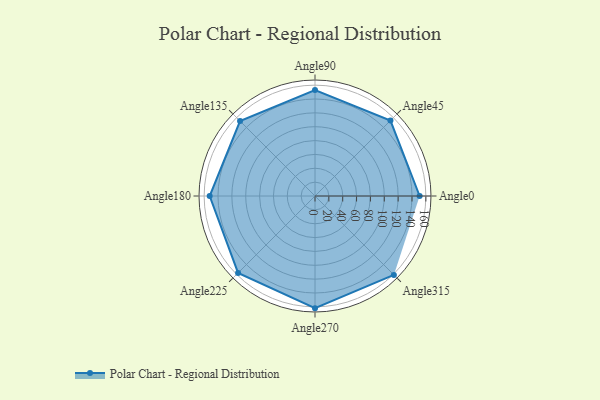
{"axis": {"x": "Angle", "y": "Radius"}, "legend": [""], "data": [{"x": "Angle0", "y": 151.0, "type": ""}, {"x": "Angle45", "y": 154.0, "type": ""}, {"x": "Angle90", "y": 153.0, "type": ""}, {"x": "Angle135", "y": 153.0, "type": ""}, {"x": "Angle180", "y": 152.0, "type": ""}, {"x": "Angle225", "y": 157.0, "type": ""}, {"x": "Angle270", "y": 162.0, "type": ""}, {"x": "Angle315", "y": 161.0, "type": ""}]}